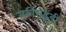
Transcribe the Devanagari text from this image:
स्फ़ीराइडी